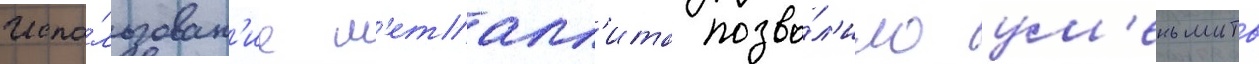
Испо́льзован'ие м'еталл'ита позво́л'ило ум'еньшить